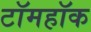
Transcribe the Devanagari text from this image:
टॉमहॉक